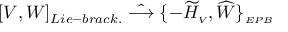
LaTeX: [ V , W ] _ { L i e - b r a c k . } \; \hat { \longrightarrow } \; \{ - { \widetilde { \cal H } } _ { \scriptscriptstyle V } , { \widehat W } \} _ { \scriptscriptstyle E P B }